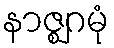
နာဇ္ဈဂမုံ